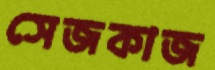
সেজকাজ